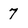
Character: 7